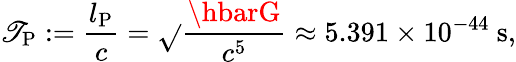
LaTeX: \mathscr{T}_{\mathrm{{P}}}:=\frac{{l_{\mathrm{{P}}}}}{{c}}=\sqrt{}{{\frac{{\hbarG}}{{c^{5}}}}}\approx5.391\times10^{-44}\ \mathrm{{s}},